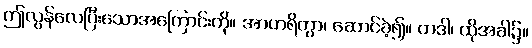
ဤလွန်လေပြီးသောအကြောင်းကို။ အာဟရိတွာ၊ ဆောင်ခဲ့၍။ တဒါ၊ ထိုအခါ၌။